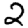
Digit: 2